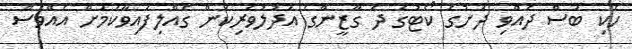
ހެކި ބަސް ދެއްވި ދަށުގެ ކޯޓުގެ ދެ ގާޒީންގެ އަދުލުވެރިކަން ގެއްލިފައިވާކަމަށް އެއްވެސް